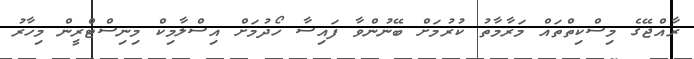
ރާއްޖޭގެ މިސްކިތްތައް މަރާމާތު ކުރުމަށް ބޭނުންވާ ފައިސާ ހޯދުމަށް އިސްލާމިކް މިނިސްޓްރީން މިހާރު